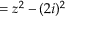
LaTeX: = z ^ { 2 } - ( 2 i ) ^ { 2 }